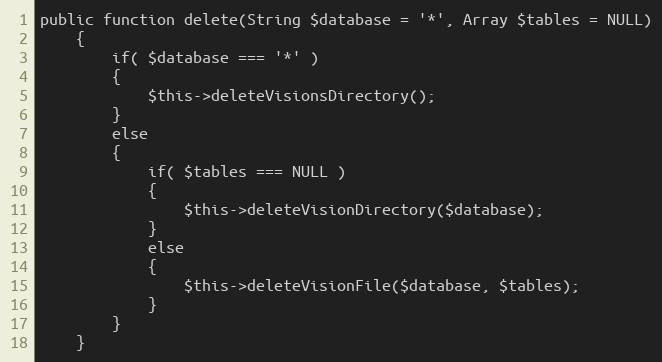
Language: PHP
public function delete(String $database = '*', Array $tables = NULL)
    {
        if( $database === '*' )
        {
            $this->deleteVisionsDirectory();
        }
        else
        {
            if( $tables === NULL )
            {
                $this->deleteVisionDirectory($database);
            }
            else
            {
                $this->deleteVisionFile($database, $tables);
            }
        }
    }